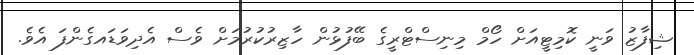
ޝިފާޒު ވަނީ ކޮމިޓީއަށް ހޯމް މިނިސްޓްރީގެ ބޭފުޅުން ހާޒިރުކުރުމަށް ވެސް އެދިވަޑައގެންފަ އެވެ.